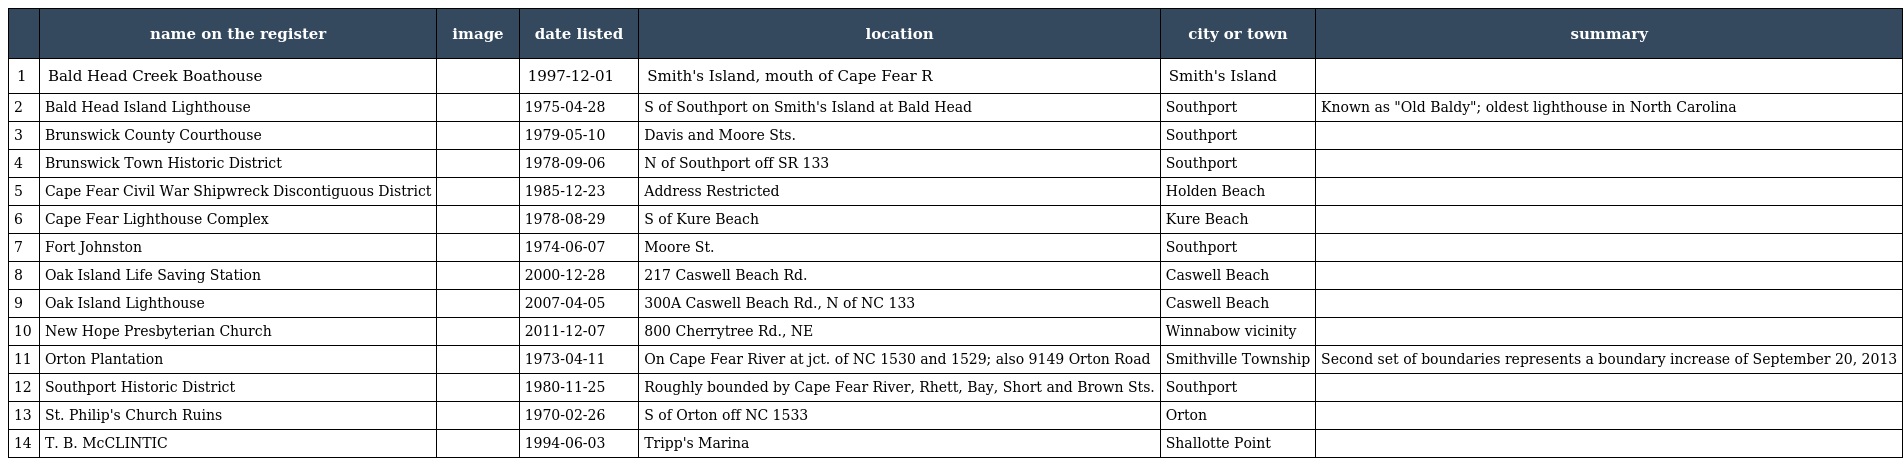
|  | name on the register | image | date listed | location | city or town | summary |
 | --- | --- | --- | --- | --- | --- | --- |
 | 1 | Bald Head Creek Boathouse |  | 1997-12-01 | Smith's Island, mouth of Cape Fear R | Smith's Island |  |
 | 2 | Bald Head Island Lighthouse |  | 1975-04-28 | S of Southport on Smith's Island at Bald Head | Southport | Known as "Old Baldy"; oldest lighthouse in North Carolina |
 | 3 | Brunswick County Courthouse |  | 1979-05-10 | Davis and Moore Sts. | Southport |  |
 | 4 | Brunswick Town Historic District |  | 1978-09-06 | N of Southport off SR 133 | Southport |  |
 | 5 | Cape Fear Civil War Shipwreck Discontiguous District |  | 1985-12-23 | Address Restricted | Holden Beach |  |
 | 6 | Cape Fear Lighthouse Complex |  | 1978-08-29 | S of Kure Beach | Kure Beach |  |
 | 7 | Fort Johnston |  | 1974-06-07 | Moore St. | Southport |  |
 | 8 | Oak Island Life Saving Station |  | 2000-12-28 | 217 Caswell Beach Rd. | Caswell Beach |  |
 | 9 | Oak Island Lighthouse |  | 2007-04-05 | 300A Caswell Beach Rd., N of NC 133 | Caswell Beach |  |
 | 10 | New Hope Presbyterian Church |  | 2011-12-07 | 800 Cherrytree Rd., NE | Winnabow vicinity |  |
 | 11 | Orton Plantation |  | 1973-04-11 | On Cape Fear River at jct. of NC 1530 and 1529; also 9149 Orton Road | Smithville Township | Second set of boundaries represents a boundary increase of September 20, 2013 |
 | 12 | Southport Historic District |  | 1980-11-25 | Roughly bounded by Cape Fear River, Rhett, Bay, Short and Brown Sts. | Southport |  |
 | 13 | St. Philip's Church Ruins |  | 1970-02-26 | S of Orton off NC 1533 | Orton |  |
 | 14 | T. B. McCLINTIC |  | 1994-06-03 | Tripp's Marina | Shallotte Point |  |